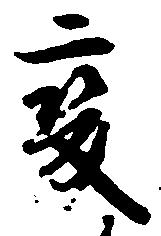
変